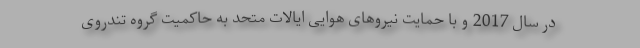
در سال 2017 و با حمایت نیروهای هوایی ایالات متحد به حاکمیت گروه تندروی